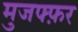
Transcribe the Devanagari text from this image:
मुजफ्फ़र